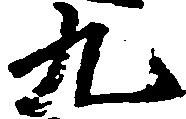
九